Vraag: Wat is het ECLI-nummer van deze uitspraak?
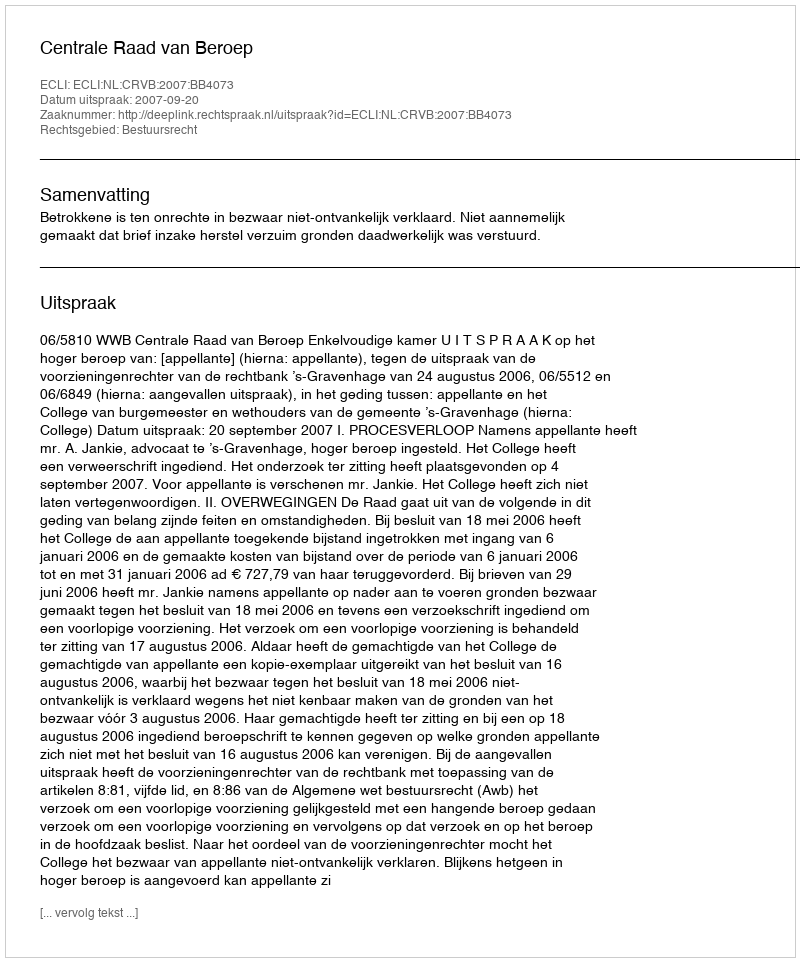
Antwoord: ECLI:NL:CRVB:2007:BB4073